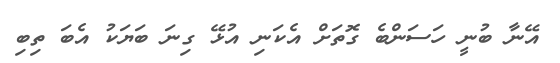
އޭނާ ބުނީ ހަސަންބެ ގޮތަށް އެކަނި އުޅޭ ގިނަ ބަޔަކު އެބަ ތިބި